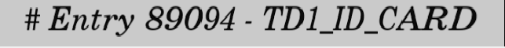
# Entry 89094 - TD1_ID_CARD